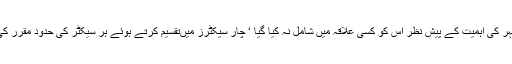
برلن شہر کی اہمیت کے پیش نظر اس کو کسی علاقہ میں شامل نہ کیا گیا ‘ چار سیکٹرز میںتقسیم کرتے ہوئے ہر سیکٹر کی حدود مقرر کی گئی ۔